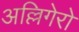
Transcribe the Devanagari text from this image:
अल्लिगेरो